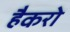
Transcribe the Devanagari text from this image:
हैकरो